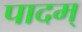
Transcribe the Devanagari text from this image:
पादम्